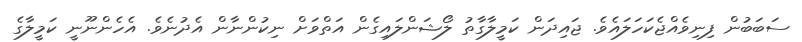
ސަބަބުން ފިނިވެއްޖެކަހަލައެވެ. ޖައިދަން ކަމީލާގާތު ލޯޝަންލައިގެން އަތްވަށް ނިކުންނާން އެދުނެވެ. އެހެންނޫނީ ކަމީލާގެ